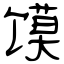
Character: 馍